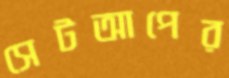
সেটআপের